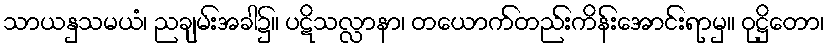
သာယနှသမယံ၊ ညချမ်းအခါ၌။ ပဋိသလ္လာနာ၊ တယောက်တည်းကိန်းအောင်းရာမှ။ ဝုဋ္ဌိတော၊